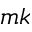
m k